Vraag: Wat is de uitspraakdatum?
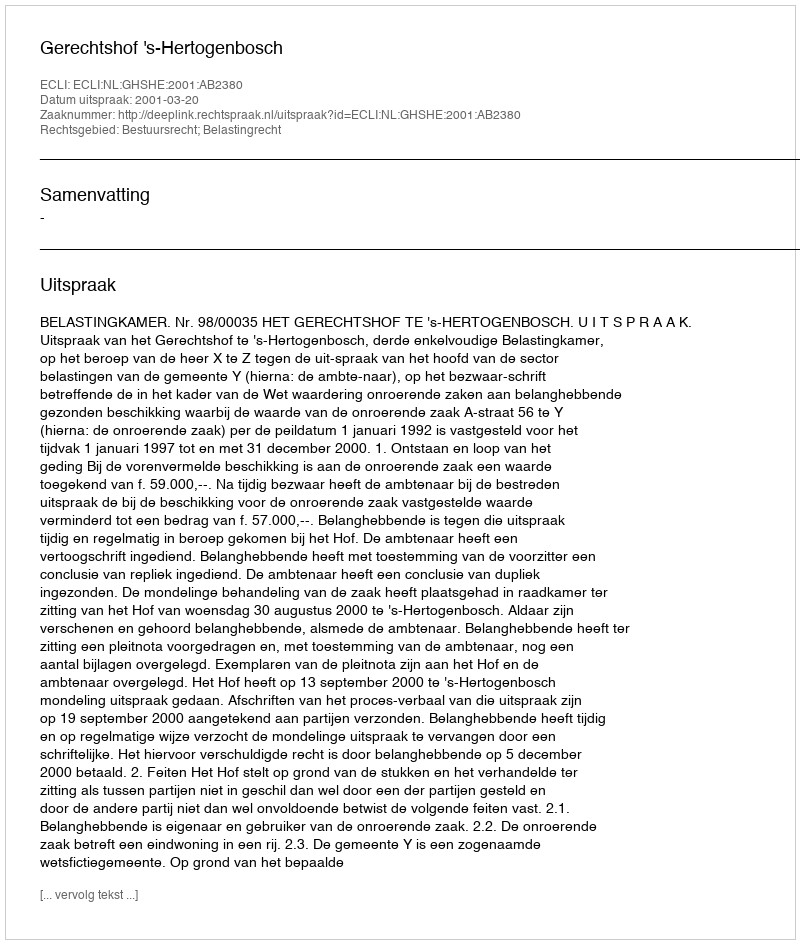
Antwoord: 2001-03-20